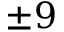
\pm 9